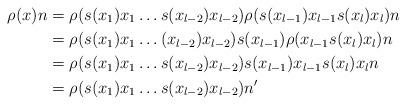
LaTeX: \begin{align*}\rho(x)n &=\rho(s(x_{1})x_{1} \hdots s(x_{l-2})x_{l-2}) \rho(s(x_{l-1})x_{l-1}s(x_{l})x_{l})n \\&=\rho(s(x_{1})x_{1} \hdots(x_{l-2})x_{l-2}) s(x_{l-1})\rho(x_{l-1}s(x_{l})x_{l})n \\&=\rho(s(x_{1})x_{1} \hdots s(x_{l-2})x_{l-2})s(x_{l-1})x_{l-1}s(x_{l})x_{l}n \\&=\rho(s(x_{1})x_{1} \hdots s(x_{l-2})x_{l-2})n' \end{align*}